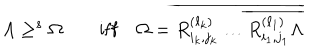
\Lambda \geq ^ { s } \Omega \qquad \mathrm { i f f } \quad \Omega = \overline { { { R _ { i _ { k } , j _ { k } } ^ { ( \ell _ { k } ) } \dots \overline { { { R _ { i _ { 1 } , j _ { 1 } } ^ { ( \ell _ { 1 } ) } \Lambda } } } } } }